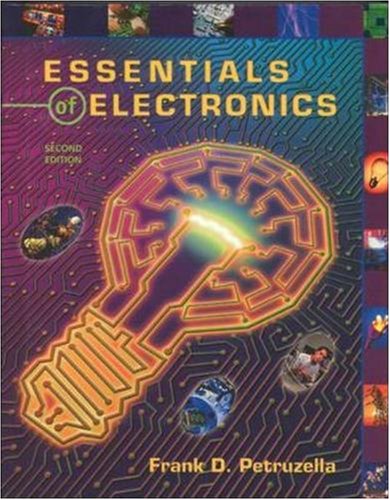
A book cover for Essential of Electronics, 2nd Edition; Frank Petruzella; Science & Math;